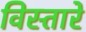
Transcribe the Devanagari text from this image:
विस्तारे